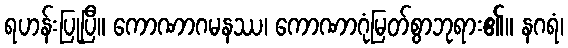
ရဟန်းပြုပြီ။ ကောဏာဂမနဿ၊ ကောဏာဂုံမြတ်စွာဘုရား၏။ နဂရံ၊